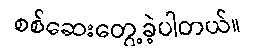
စစ်ဆေးတွေ့ခဲ့ပါတယ်။